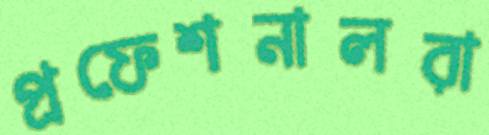
প্রফেশনালরা